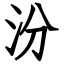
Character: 汾